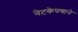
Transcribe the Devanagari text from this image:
नेटकेपणाने